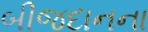
બીજદાનના